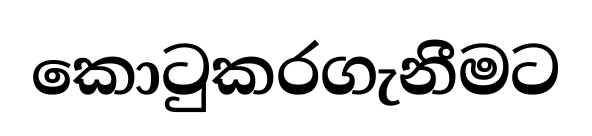
කොටුකරගැනීමට